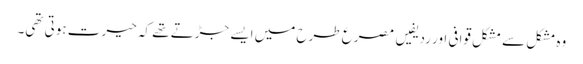
وہ مشکل سے مشکل قوافی اور ردیفیں مصرع طرح میں ایسے جڑتے تھے کہ حیرت ہوتی تھی۔